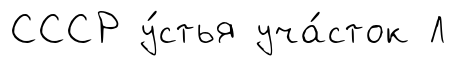
СССР у́стья уча́сток Л